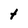
Character: t